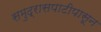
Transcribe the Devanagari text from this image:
समुद्रासपाटीपासून